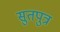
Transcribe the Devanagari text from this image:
सुतपुत्र